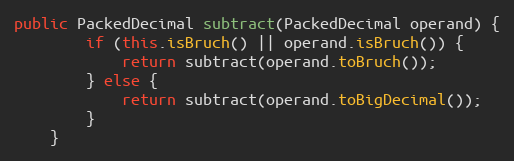
Language: Java
public PackedDecimal subtract(PackedDecimal operand) {
        if (this.isBruch() || operand.isBruch()) {
            return subtract(operand.toBruch());
        } else {
            return subtract(operand.toBigDecimal());
        }
    }